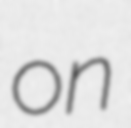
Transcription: on